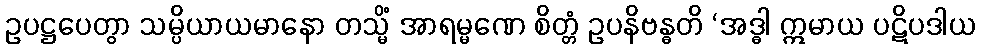
ဥပဋ္ဌပေတွာ သမ္ပိယာယမာနော တသ္မိံ အာရမ္မဏေ စိတ္တံ ဥပနိဗန္ဓတိ ‘အဒ္ဓါ ဣမာယ ပဋိပဒါယ